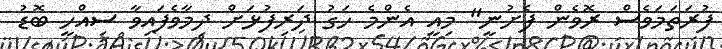
ފުރަތަމަވެސް ރޮވެން ފެށުނީ" މިއީ އެންމެ ހަގު ދަރިފުޅަށް ދިމާވެފައިވާ ސިއްހީ ބޮޑު